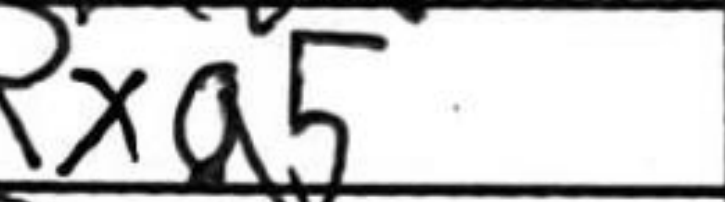
Transcription: Rxa5